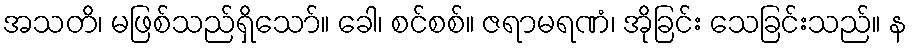
အသတိ၊ မဖြစ်သည်ရှိသော်။ ခေါ၊ စင်စစ်။ ဇရာမရဏံ၊ အိုခြင်း သေခြင်းသည်။ န